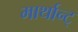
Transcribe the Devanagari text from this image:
मार्थान्ट्